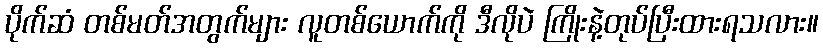
ပိုက်ဆံ တစ်မတ်အတွက်များ လူတစ်ယောက်ကို ဒီလိုပဲ ကြိုးနဲ့တုပ်ပြီးထားရသလား။